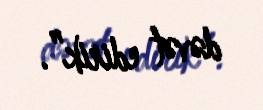
dəvət edirik”.